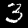
Label: 3